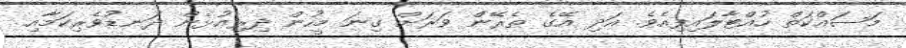
މަސައްކަތް ހުއްޓާލައިފިއެވެ. އަދި އޭގެ ތެރޭން ވަރަށް ގިނަ މީހުން ދިރިއުޅެން ދަނޑުވެރިކަމާއި